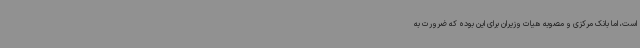
است، اما بانک مرکزی و مصوبه هیات وزیران برای این بوده که ضرورت به